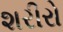
શરીરો